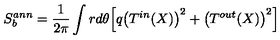
S _ { b } ^ { a n n } = \frac { 1 } { 2 \pi } \int r d \theta \Bigl [ q \bigl ( T ^ { i n } ( X ) \bigr ) ^ { 2 } + \bigl ( T ^ { o u t } ( X ) \bigr ) ^ { 2 } \Bigl ] \quad